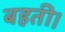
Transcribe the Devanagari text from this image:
बहती।